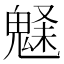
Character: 𩳗